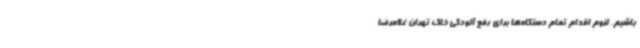
باشیم. لزوم اقدام تمام دستگاه‌ها برای رفع آلودگی خاک تهران غلامرضا